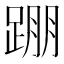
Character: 𨂃